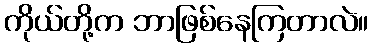
ကိုယ်တို့က ဘာဖြစ်နေကြတာလဲ။